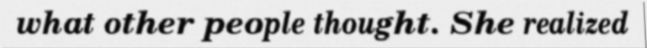
what other people thought. She realized